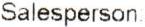
SALESPERSON: